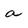
Character: a